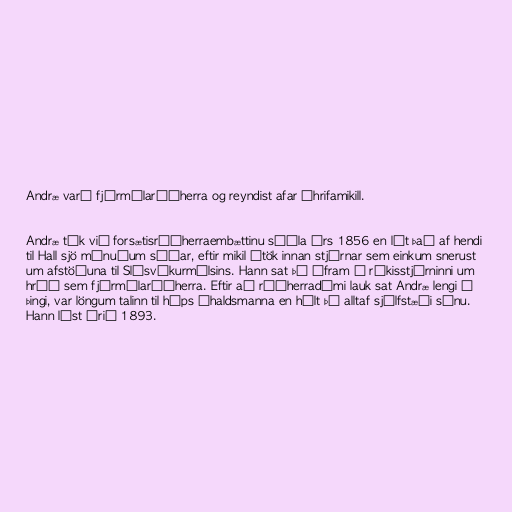
Andræ varð fjármálaráðherra og reyndist afar áhrifamikill.

Andræ tók við forsætisráðherraembættinu síðla árs 1856 en lét það af hendi
til Hall sjö mánuðum síðar, eftir mikil átök innan stjórnar sem einkum snerust
um afstöðuna til Slésvíkurmálsins. Hann sat þó áfram í ríkisstjórninni um
hríð sem fjármálaráðherra. Eftir að ráðherradómi lauk sat Andræ lengi á
þingi, var löngum talinn til hóps íhaldsmanna en hélt þó alltaf sjálfstæði sínu.
Hann lést árið 1893.